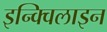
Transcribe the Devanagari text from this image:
इन्क्विलाइन